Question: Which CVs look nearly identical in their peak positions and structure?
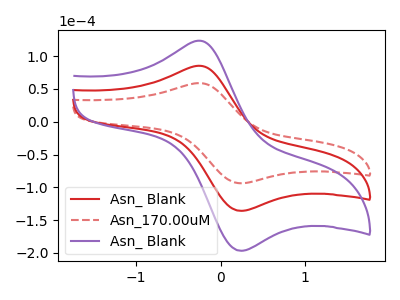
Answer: <think>The red curve "Asn_ Blank" has an anodic peak at (-0.25V, 85.25uA) and a cathodic peak at (0.25V, -135.90uA). The red dashed curve "Asn_170.00uM" has an anodic peak at (-0.25V, 58.85uA) and a cathodic peak at (0.25V, -93.85uA). The purple curve "Asn_ Blank" has an anodic peak at (-0.25V, 170.55uA) and a cathodic peak at (0.25V, -271.85uA).
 All the peaks in "Asn_ Blank" have a peak in "Asn_170.00uM" at the same potential. Every peak in "Asn_ Blank" is higher than every peak in "Asn_170.00uM". All the peaks in "Asn_ Blank" have a peak in "Asn_ Blank" at the same potential. Every peak in "Asn_ Blank" is lower than every peak in "Asn_ Blank". All the peaks in "Asn_170.00uM" have a peak in "Asn_ Blank" at the same potential. Every peak in "Asn_170.00uM" is lower than every peak in "Asn_ Blank".</think>
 <answer>"Asn_170.00uM", "Asn_ Blank" and "Asn_ Blank" have the same shape and are likely CV's of the same chemical.</answer>
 <eval>"Asn_170.00uM" "Asn_ Blank" "Asn_ Blank"</eval>